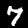
Label: 7